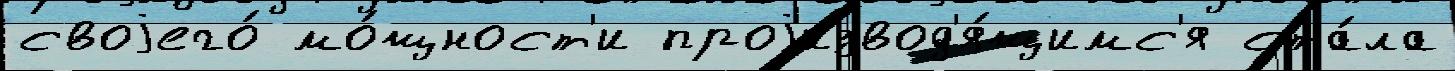
своjего́ мо́щност'и проjизвод'я́щимс'я ста́ла